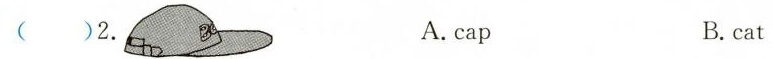
( )2. A.cap B.cat